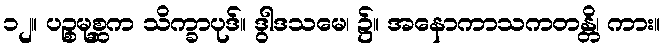
၁၂။ ပဉ္စမုစ္ဆက သိက္ခာပုဒ်။ ဒွါဒသမေ၊ ၌။ အနောကာသကတန္တိ၊ ကား။